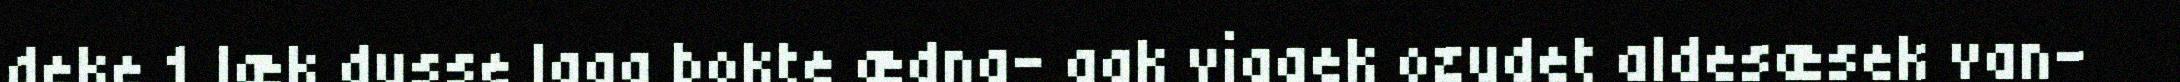
deke 1 læk dusse laga bokte ædna- gak viggek ozudet aldesæsek van-